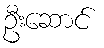
ဦးဆောင်